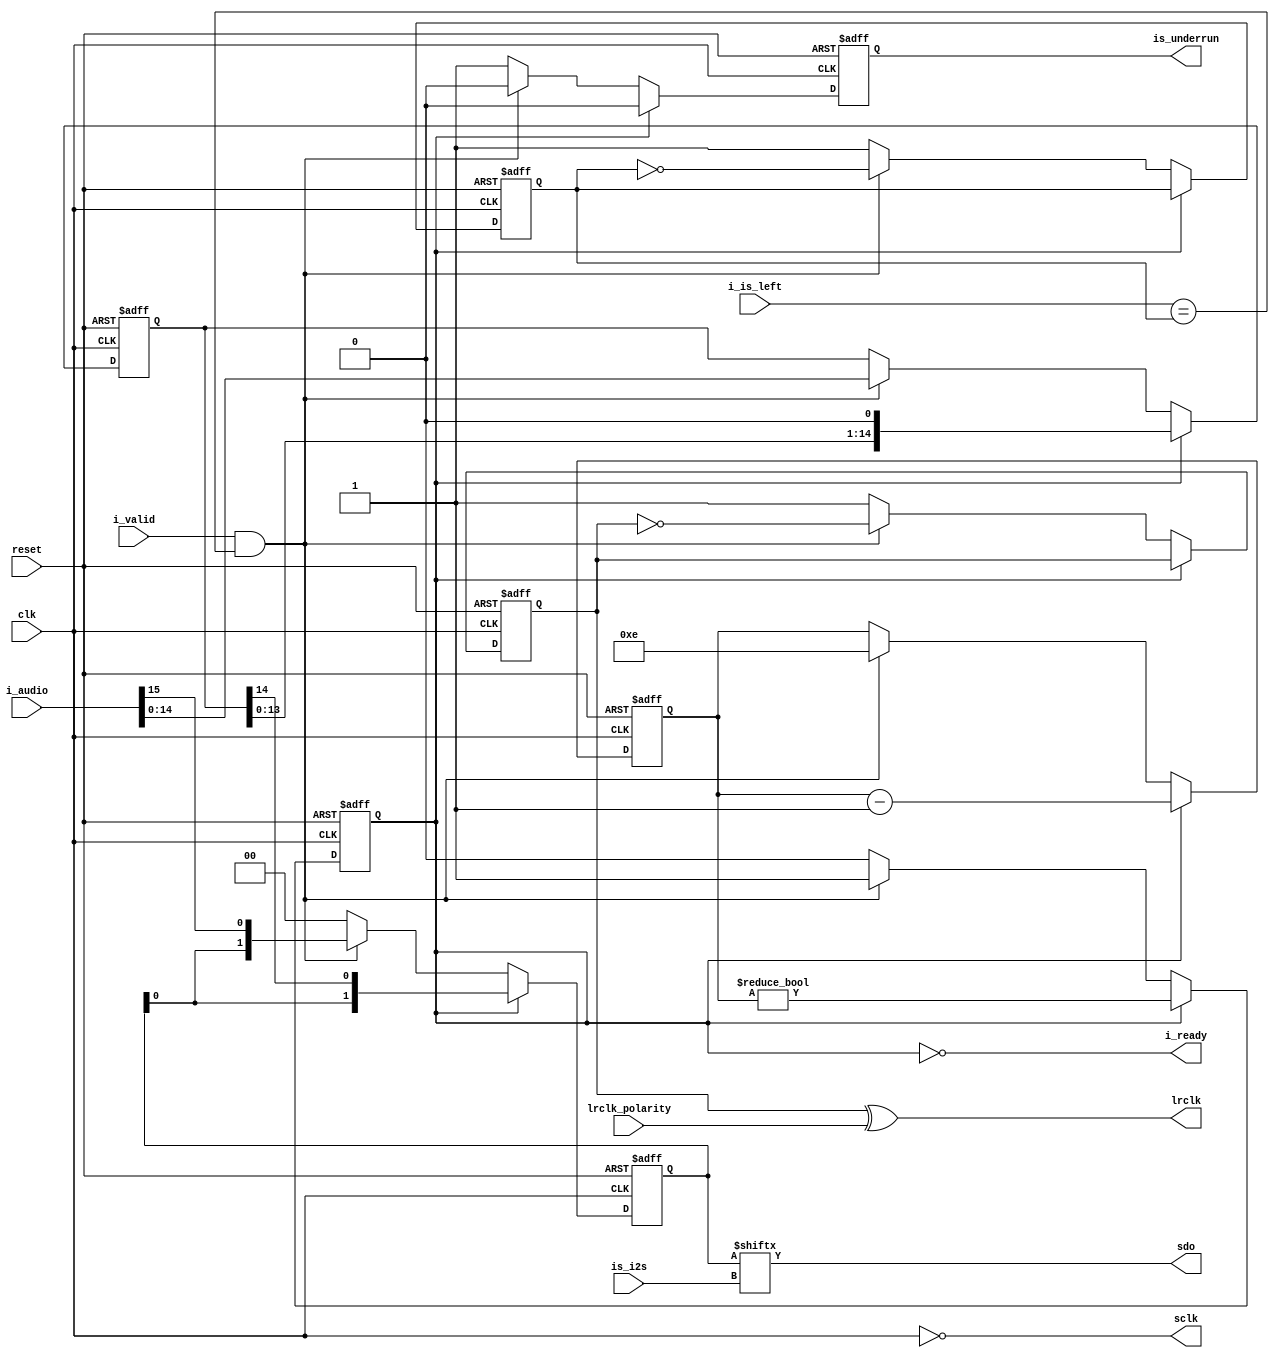
`default_nettype none

module serial_audio_encoder #(parameter audio_width = 16)(
    input wire reset,
    input wire clk,
    input wire is_i2s,
    input wire lrclk_polarity,
    input wire i_valid,
    output wire i_ready,
    input wire i_is_left,
    input wire [audio_width-1:0] i_audio,
    output reg is_underrun,
    output wire sclk,
    output wire lrclk,
    output wire sdo);

    reg reg_lrclk;
    reg [1:0] reg_sdata;
    reg is_next_left;

    reg is_valid_shift;
    reg [audio_width-2:0] shift;
    reg [$clog2(audio_width-1)-1:0] shift_count;

    assign lrclk = reg_lrclk ^ lrclk_polarity;
    assign sclk = ~clk;
    assign sdo = reg_sdata[is_i2s];

    assign i_ready = !is_valid_shift;

    always @(posedge clk or posedge reset) begin
        if (reset) begin
            reg_lrclk <= 1'b1;  // Right channel at start
            is_next_left <= 1'b1;
            is_underrun <= 1'b0;
            reg_sdata <= 2'b00;
            is_valid_shift <= 1'b0;
            shift <= 0;
            shift_count <= 0;
        end else begin
            if (is_valid_shift) begin
                shift_count <= shift_count - 1'b1;
                is_valid_shift <= shift_count != 0;
                shift <= shift << 1;
                reg_sdata <= { reg_sdata[0], shift[audio_width-2] };
                is_underrun <= 1'b0;
            end else begin
                if (i_valid && i_is_left == is_next_left) begin
                    is_next_left <= !is_next_left;
                    is_valid_shift <= 1'b1;
                    shift <= i_audio[audio_width-2:0];
                    shift_count <= audio_width - 2;
                    reg_lrclk <= !reg_lrclk;
                    reg_sdata <= { reg_sdata[0], i_audio[audio_width-1] };
                    is_underrun <= 1'b0;
                end else begin
                    // Underrun
                    reg_lrclk <= 1'b1;
                    is_next_left <= 1'b1;
                    is_valid_shift <= 1'b0;
                    reg_sdata <= 2'b00;
                    is_underrun <= 1'b1;
                end
            end
        end
    end


endmodule